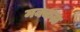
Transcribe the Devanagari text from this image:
मक्कळ